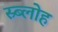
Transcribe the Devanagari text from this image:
स्र्ब्लोह